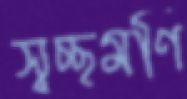
স্বচ্ছমণি